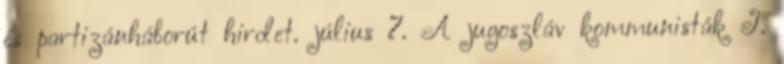
és partizánháborút hirdet. július 7. A jugoszláv kommunisták J.